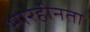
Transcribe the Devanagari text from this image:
भारहीनता